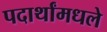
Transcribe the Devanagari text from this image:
पदार्थांमधले